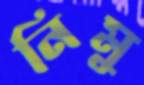
নিমু